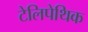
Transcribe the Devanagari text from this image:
टेलिपेथिक